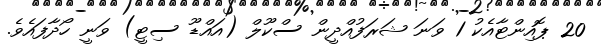
20 ޕޮއިންޓާއެކު 1 ވަނަ ޝަރަފުއްދީން ސްކޫލް (އައްޑޫ ސިޓީ) ވަނީ ހޯދާފައެވެ.